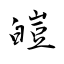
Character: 皚